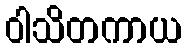
ဝါသိတကာယ